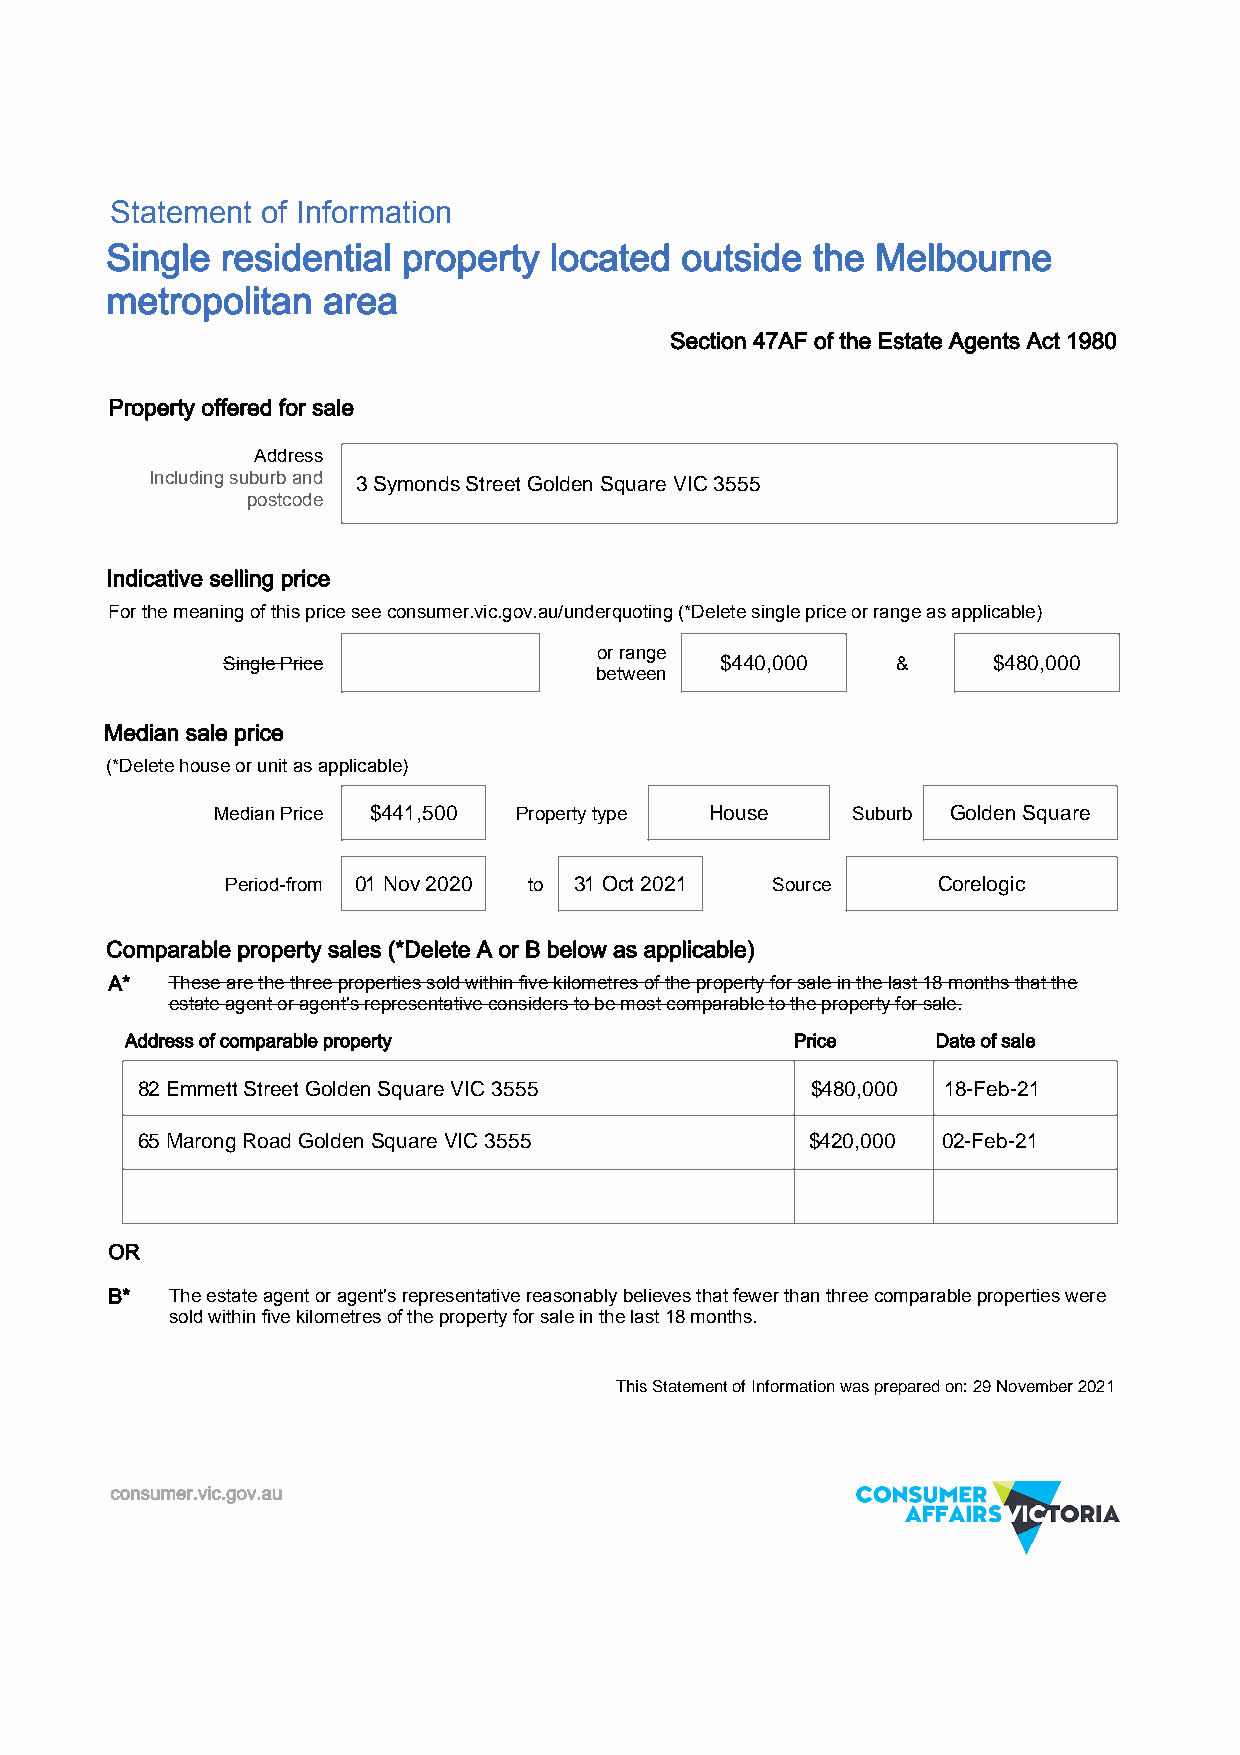
Statement of Information
 Single  residential property located  outside  the Melbourne
 metropolitan  area
 Section 47AF of the Estate Agents Act 1980
 Property offered for sale
 Address
 Including suburb and 3 Symonds Street Golden Square VIC 3555
 postcode
 Indicative selling price
 For the meaning of this price see consumer.vic.gov.au/underquoting (*Delete single price or range as applicable)
 or range
 Single Price                     $440,000   &      $480,000
 between
 Median sale price
 (*Delete house or unit as applicable)
 Median Price $441,500 Property type House Suburb Golden Square
 Period-from 01 Nov 2020 to 31 Oct 2021 Source  Corelogic
 Comparable property sales (*Delete A or B below as applicable)
 A*  These are the three properties sold within five kilometres of the property for sale in the last 18 months that the
 estate agent or agent's representative considers to be most comparable to the property for sale.
 Address of comparable property               Price    Date of sale
 82 Emmett Street Golden Square VIC 3555      $480,000 18-Feb-21
 65 Marong Road Golden Square VIC 3555        $420,000 02-Feb-21
 OR
 B*  The estate agent or agent's representative reasonably believes that fewer than three comparable properties were
 sold within five kilometres of the property for sale in the last 18 months.
 This Statement of Information was prepared on: 29 November 2021
 consumer.vic.gov.au